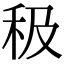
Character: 𥝥